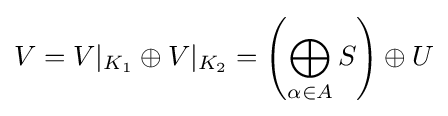
V=V\vert _{K_{1}}\oplus V\vert _{K_{2}}=\left(\bigoplus _{\alpha \in A}S\right)\oplus U